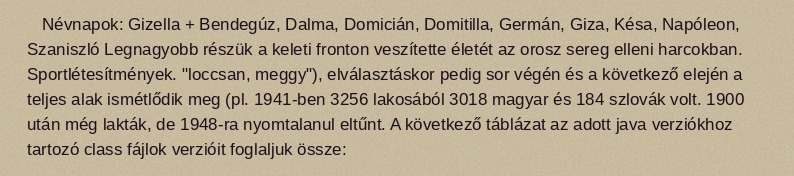
Névnapok: Gizella + Bendegúz, Dalma, Domicián, Domitilla, Germán, Giza, Késa, Napóleon, Szaniszló Legnagyobb részük a keleti fronton veszítette életét az orosz sereg elleni harcokban. Sportlétesítmények. "loccsan, meggy"), elválasztáskor pedig sor végén és a következő elején a teljes alak ismétlődik meg (pl. 1941-ben 3256 lakosából 3018 magyar és 184 szlovák volt. 1900 után még lakták, de 1948-ra nyomtalanul eltűnt. A következő táblázat az adott java verziókhoz tartozó class fájlok verzióit foglaljuk össze: